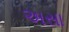
અસા